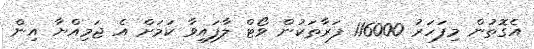
އެގޮތުން މިފަހަރު 116000 ފަރާތަކުން ވޯޓް ލާފައިވާ ކަމަށް އެ ޖަމިއްޔާ އިން